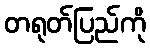
တရုတ်ပြည်ကို